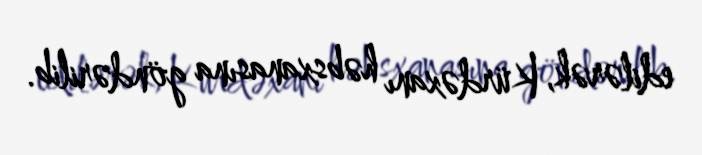
edilərək, Kürdəxanı həbsxanasına göndərilib.